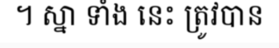
។ ស្នា ទាំង នេះ ត្រូវបាន